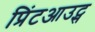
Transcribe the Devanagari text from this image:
प्रिंटआउट्स